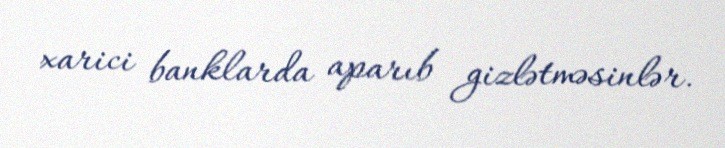
xarici banklarda aparıb gizlətməsinlər.